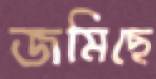
জমিছে